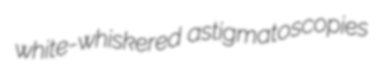
white-whiskered astigmatoscopies